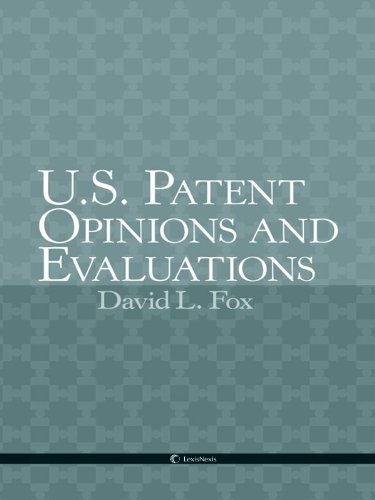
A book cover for U.S. Patent Opinions & Evaluations; David L. Fox; Law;